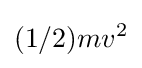
(1/2)mv^{2}